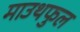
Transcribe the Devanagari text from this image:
माउथफुल